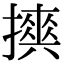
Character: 𢷇